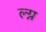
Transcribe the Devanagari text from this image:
ल्ग्न